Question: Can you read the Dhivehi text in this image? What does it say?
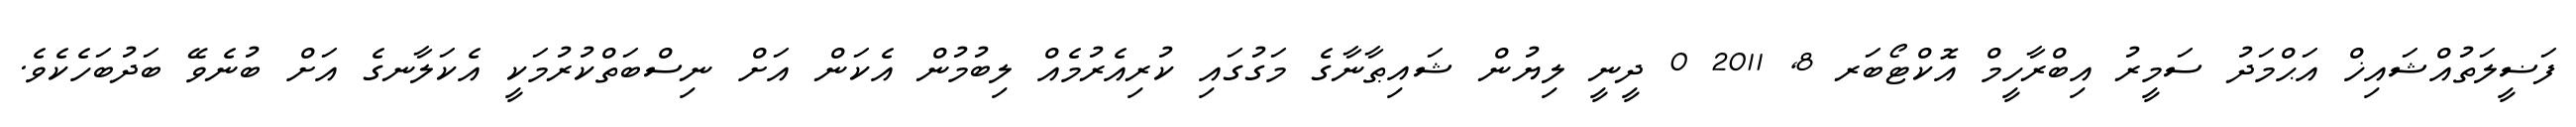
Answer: ފަޟީލަތުއްޝައިޚް އަޙްމަދު ސަމީރު އިބްރާހީމް އޮކްޓޯބަރ 8, 2011 0 ދީނީ ލިޔުން ޝައިޠާނާގެ މަގުގައި ކުރިއެރުމެއް ލިބުމުން އެކަން އަށް ނިސްބަތްކުރުމަކީ އެކަލާނގެ އަށް ބުނެވޭ ބަދުބަހެކެވެ.